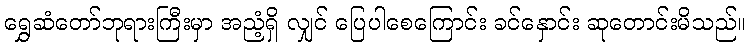
ရွှေဆံတော်ဘုရားကြီးမှာ အညံ့ရှိ လျှင် ပြေပါစေကြောင်း ခင်နှောင်း ဆုတောင်းမိသည်။